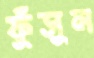
ফুঁসুন